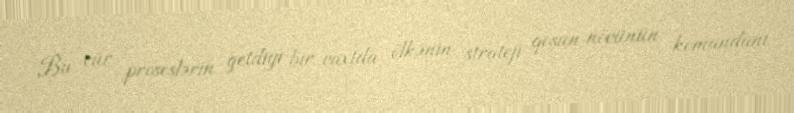
Bu cür proseslərin getdiyi bir vaxtda ölkənin strateji qoşun növünün komandanı